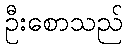
ဦးစောသည်